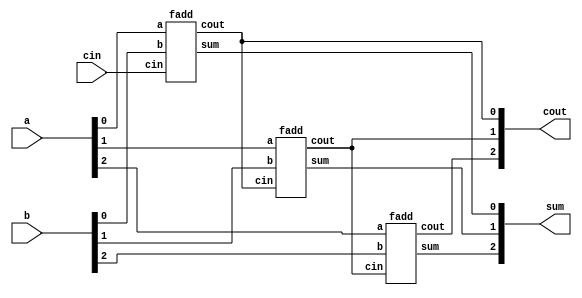
module top_module (
    input  wire [2:0] a,
    input  wire [2:0] b, 
    input  wire       cin,
    output wire [2:0] cout, 
    output wire [2:0] sum
);
    
    fadd u0 (
    .a(a[0]),
    .b(b[0]),
    .cin(cin),
    .cout(cout[0]),
    .sum(sum[0])
    );

    fadd u1 (
    .a(a[1]),
    .b(b[1]),
    .cin(cout[0]),
    .cout(cout[1]),
    .sum(sum[1])
    );
    
    fadd u2 (
    .a(a[2]),
    .b(b[2]),
    .cin(cout[1]),
    .cout(cout[2]),
    .sum(sum[2])
    );

endmodule

module fadd (
    input  wire a,
    input  wire b,
    input  wire cin,
    output wire cout,
    output wire sum
);

    assign {cout, sum} = a + b + cin;

endmodule